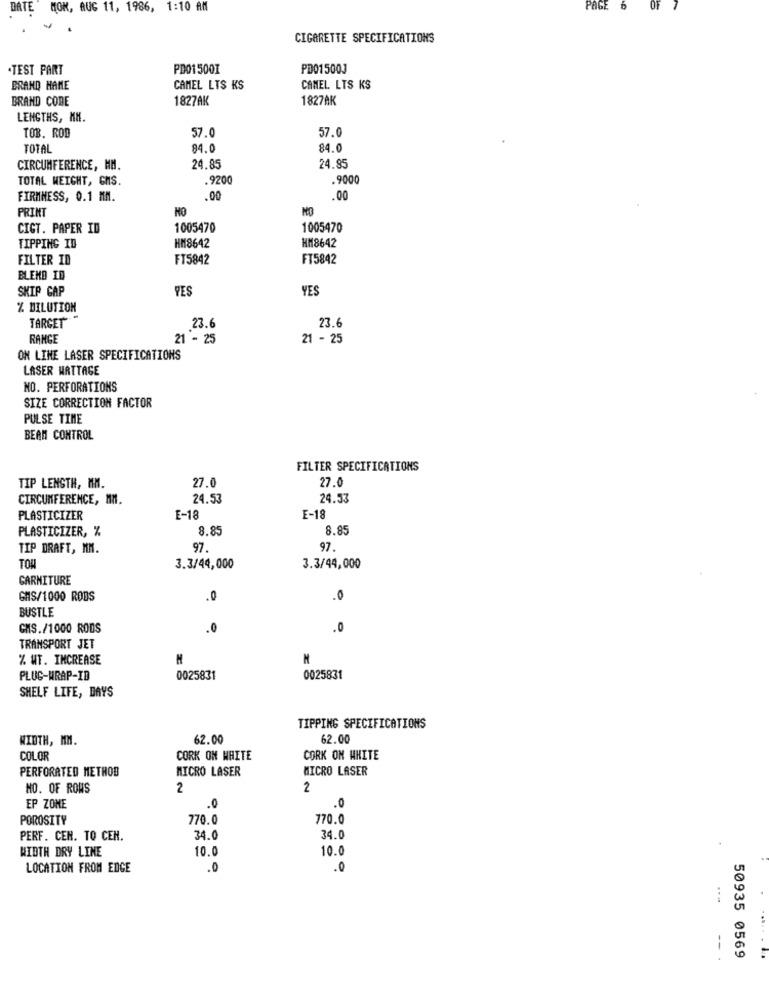
DATE MOK, AUG 11, 1986, 1:10 AM
PAGE
CIGARETTE SPECIFICATIONS
.TEST PART
PD015001
PD01500J
BRAND HAME
CAMEL LTS KS
CAMEL LTS KS
BRAND CODE
1827AK
1827AK
LENGTHS, KM.
57.0
TOB. ROD
57.0
TOTAL
84.0
84.0
CIRCUMFERENCE, MM.
24.85
24.85
TOTAL WEIGHT, GMS.
.9200
.9000
FIRMNESS, 0.1 MM.
.00
00
PRINT
HO
NO
CIGT. PAPER ID
1005470
1005470
HM8642
HM8642
TIPPING ID
FILTER ID
FT5842
FT5842
BLEND ID
SKIP GAP
YES
YES
% DILUTION
23.6
TARGET
23.6
RANGE
21 - 25
21 - 25
ON LINE LASER SPECIFICATIONS
LASER WATTAGE
NO. PERFORATIONS
SIZE CORRECTION FACTOR
PULSE TIME
BEAM CONTROL
FILTER SPECIFICATIONS
27.0
27.0
TIP LENSTH, MM.
CIRCUMFERENCE, MM.
24.53
24.53
PLASTICIZER
E-18
E-18
PLASTICIZER, %
8.85
8.85
TIP DRAFT, MM.
97.
97
TOW
3.3/44,000
3.3/44,000
GARNITURE
GHS/1000 ROBS
.0
.0
BUSTLE
CMS./1000 RODS
.0
.0
TRANSPORT JET
% MT. INCREASE
PLUG-WRAP-ID
0025831
0025831
SHELF LIFE, DAYS
TIPPING SPECIFICATIONS
WIDTH, MM.
62.00
62.00
COLOR
CORK OM WHITE
CORK ON WHITE
PERFORATED METHOD
MICRO LASER
MICRO LASER
NO. OF ROWS
2
2
EP ZONE
.0
.0
POROSITY
770.0
770.0
PERF. CEN. TO CEN.
34.0
34.0
10.0
10.0
WIDTH DRY LINE
LOCATION FROM EDGE
.0
.0
-- .
50935 0569